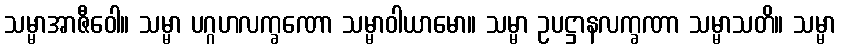
သမ္မာအာဇီဝေါ။ သမ္မာ ပဂ္ဂဟလက္ခဏော သမ္မာဝါယာမော။ သမ္မာ ဥပဋ္ဌာနလက္ခဏာ သမ္မာသတိ။ သမ္မာ